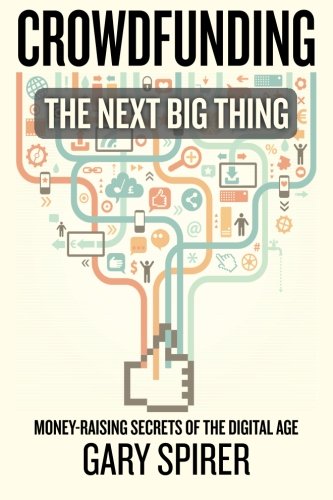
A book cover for Crowdfunding: The Next Big Thing; Gary Spirer; Business & Money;